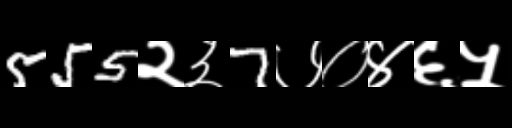
Text: 555२३7७०४६५